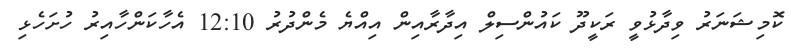
ކޮމިޝަނަރު ވިދާޅުވީ ރަކީދޫ ކައުންސިލް އިދާރާއިން އިއްޔެ މެންދުރު 12:10 އެހާކަންހާއިރު ހުށަހެޅި